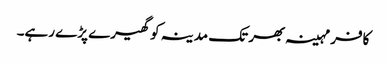
کافر مہینہ بھر تک مدینہ کو گھیرے پڑے رہے۔